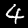
Label: 4